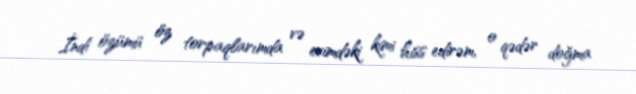
İndi özümü öz torpaqlarımda və evimdəki kimi hiss edirəm, o qədər doğma